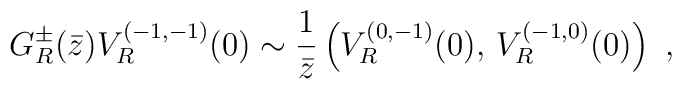
G_R^{\pm}(\bar{z})V_R^{(-1,-1)}(0)\sim {1\over \bar{z}}\left(V_R^{(0,-1)}(0),\,V_R^{(-1,0)}(0)\right) \ ,